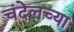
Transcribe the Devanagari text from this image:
चंदेलच्या